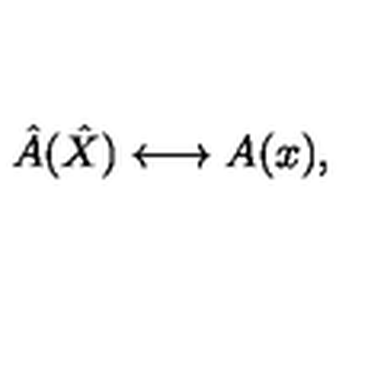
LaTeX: \hat { A } ( \hat { X } ) \longleftrightarrow A ( x ) ,